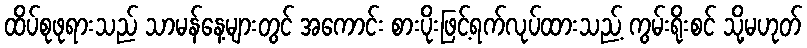
ထိပ်စုဖုရားသည် သာမန်နေ့များတွင် အကောင်း စားပိုးဖြင့်ရက်လုပ်ထားသည့် ကွမ်းရိုးစင် သို့မဟုတ်